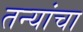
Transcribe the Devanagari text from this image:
तन्यांचा